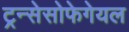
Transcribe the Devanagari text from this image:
ट्रन्सेसोफेगेयल